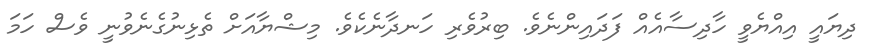
ދިޔައީ އިއްޔެވީ ހާދިސާއެއް ފަދައިންނެވެ. ބިރުވެރި ހަނދާނެކެވެ. މިޝްޔާއަށް ތެޅިނުގެނެވުނީ ވެސް ހަމަ